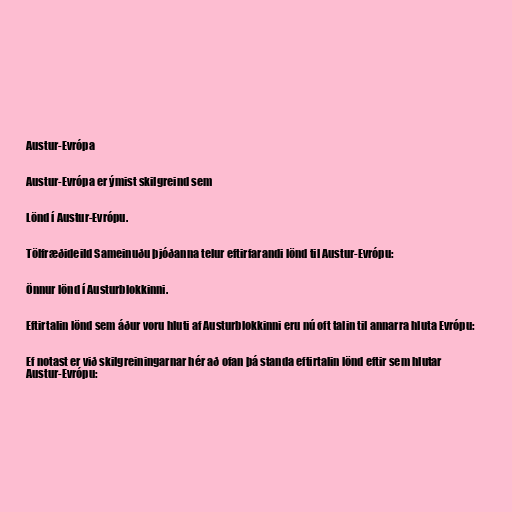
Austur-Evrópa

Austur-Evrópa er ýmist skilgreind sem

Lönd í Austur-Evrópu.

Tölfræðideild Sameinuðu þjóðanna telur eftirfarandi lönd til Austur-Evrópu:

Önnur lönd í Austurblokkinni.

Eftirtalin lönd sem áður voru hluti af Austurblokkinni eru nú oft talin til annarra hluta Evrópu:

Ef notast er við skilgreiningarnar hér að ofan þá standa eftirtalin lönd eftir sem hlutar
Austur-Evrópu: